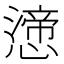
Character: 𭞸